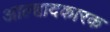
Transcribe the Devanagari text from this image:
आल्हादकारक